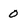
Character: 0